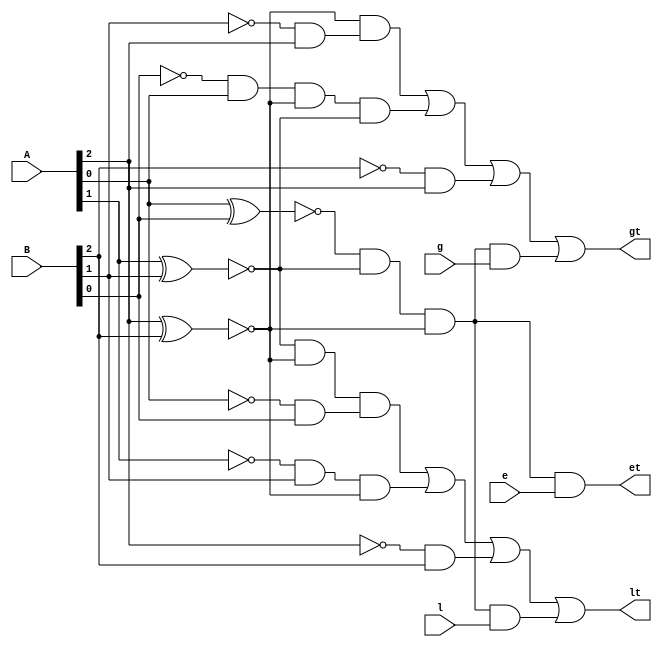
/*--  *******************************************************
--  Computer Architecture Course, Laboratory Sources 
--  Amirkabir University of Technology (Tehran Polytechnic)
--  Department of Computer Engineering (CE-AUT)
--  https://ce[dot]aut[dot]ac[dot]ir
--  *******************************************************
--  All Rights reserved (C) 2019-2020
--  *******************************************************
--  Student ID  : 9831075
--  Student Name: Mina Beiki
--  Student Mail: 
--  *******************************************************
--  Additional Comments:
--
--*/

/*-----------------------------------------------------------
---  Module Name: Cool Heat System Utils
---  Description: Module3:
-----------------------------------------------------------*/
`timescale 1 ns/1 ns

module comparator3 (
	input [2:0] A ,
	input [2:0] B ,
	input 		l ,
	input 		e ,
	input 		g ,
	output 		lt ,
	output 		et ,
	output 		gt 
);
wire c[23:0];
xnor
	g1(c[0],A[0],B[0]),
	g2(c[1],A[1],B[1]),
	g3(c[2],A[2],B[2]);
not
	g17(c[3],B[2]),
	g18(c[4],B[1]),
	g19(c[5],B[0]),
	g20(c[6],A[2]),
	g21(c[7],A[1]),
	g22(c[8],A[0]);
and
	g11(c[15],c[2],c[10]),
	g12(c[16],c[11],c[2],c[1]),
	g13(c[17],c[13],c[2]),
	g14(c[18],c[1],c[2],c[14]),
	g5(c[9],c[3],A[2]),
	g6(c[10],c[4],A[2]),
	g7(c[11],c[5],A[0]),
	g8(c[12],c[6],B[2]),
	g9(c[13],c[7],B[1]),
	g10(c[14],c[8],B[0]),
	g4(c[19],c[0],c[1],c[2]),
	g26(c[21],c[19],g),
	g27(c[23],c[19],l),
	g23(et,c[19],e);

or
	g15(c[20],c[15],c[16],c[9]),
	g16(c[22],c[18],c[17],c[12]),
	g24(gt,c[20],c[21]),
	g25(lt,c[22],c[23]);
	
endmodule 


module comparator8 (
	input [7:0] A ,
	input [7:0] B ,
	input 		l ,
	input 		e ,
	input 		g ,
	output 		lt ,
	output 		et ,
	output 		gt
);
	wire [5:0] w ; 
	wire [2:0] w2; 
	wire [2:0] w3; 

	assign w2[0] = A[6] ; 
	assign w2[1] = A[7] ; 
	assign w2[2] = 0 ; 
	assign w3[0] = B[6] ;
	assign w3[1] = B[7] ; 
	assign w3[2] = 0 ; 
	comparator3 cmp1(A[2:0],B[2:0],l,e,g,w[0],w[1],w[2]);
	comparator3 cmp2(A[5:3],B[5:3],w[0],w[1],w[2],w[3],w[4],w[5]);
	comparator3 cmp3(w2[2:0],w3[2:0],w[3],w[4],w[5],lt,et,gt);

endmodule